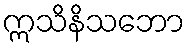
ဣသိနိသဘော